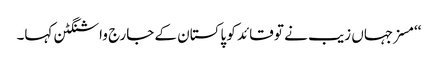
‘‘مسز جہاں زیب نے تو قائد کو پاکستان کے جارج واشنگٹن کہا۔